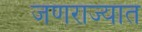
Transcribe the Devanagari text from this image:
जणराज्यात